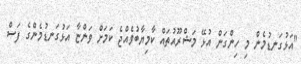
"އަޅުގަނޑުމެން މި ހިންގަން އުޅޭ މަޝްރޫއުތައް ކާމިޔާބުވެއްޖެ ކަމަށް ވަންޏާ އަޅުގަނޑުމެންގެ ފަސް